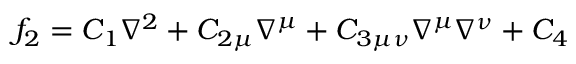
f _ { 2 } = C _ { 1 } \nabla ^ { 2 } + C _ { 2 \mu } \nabla ^ { \mu } + C _ { 3 \mu \nu } \nabla ^ { \mu } \nabla ^ { \nu } + C _ { 4 }